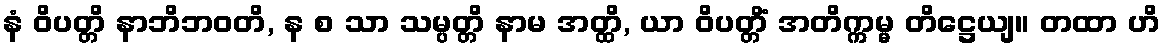
နံ ဝိပတ္တိ နာဘိဘဝတိ, န စ သာ သမ္ပတ္တိ နာမ အတ္ထိ, ယာ ဝိပတ္တိံ အတိက္ကမ္မ တိဋ္ဌေယျ။ တထာ ဟိ